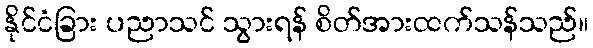
နိုင်ငံခြား ပညာသင် သွားရန် စိတ်အားထက်သန်သည်။